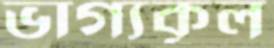
ভাগ্যকূল